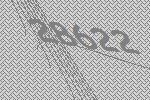
28622